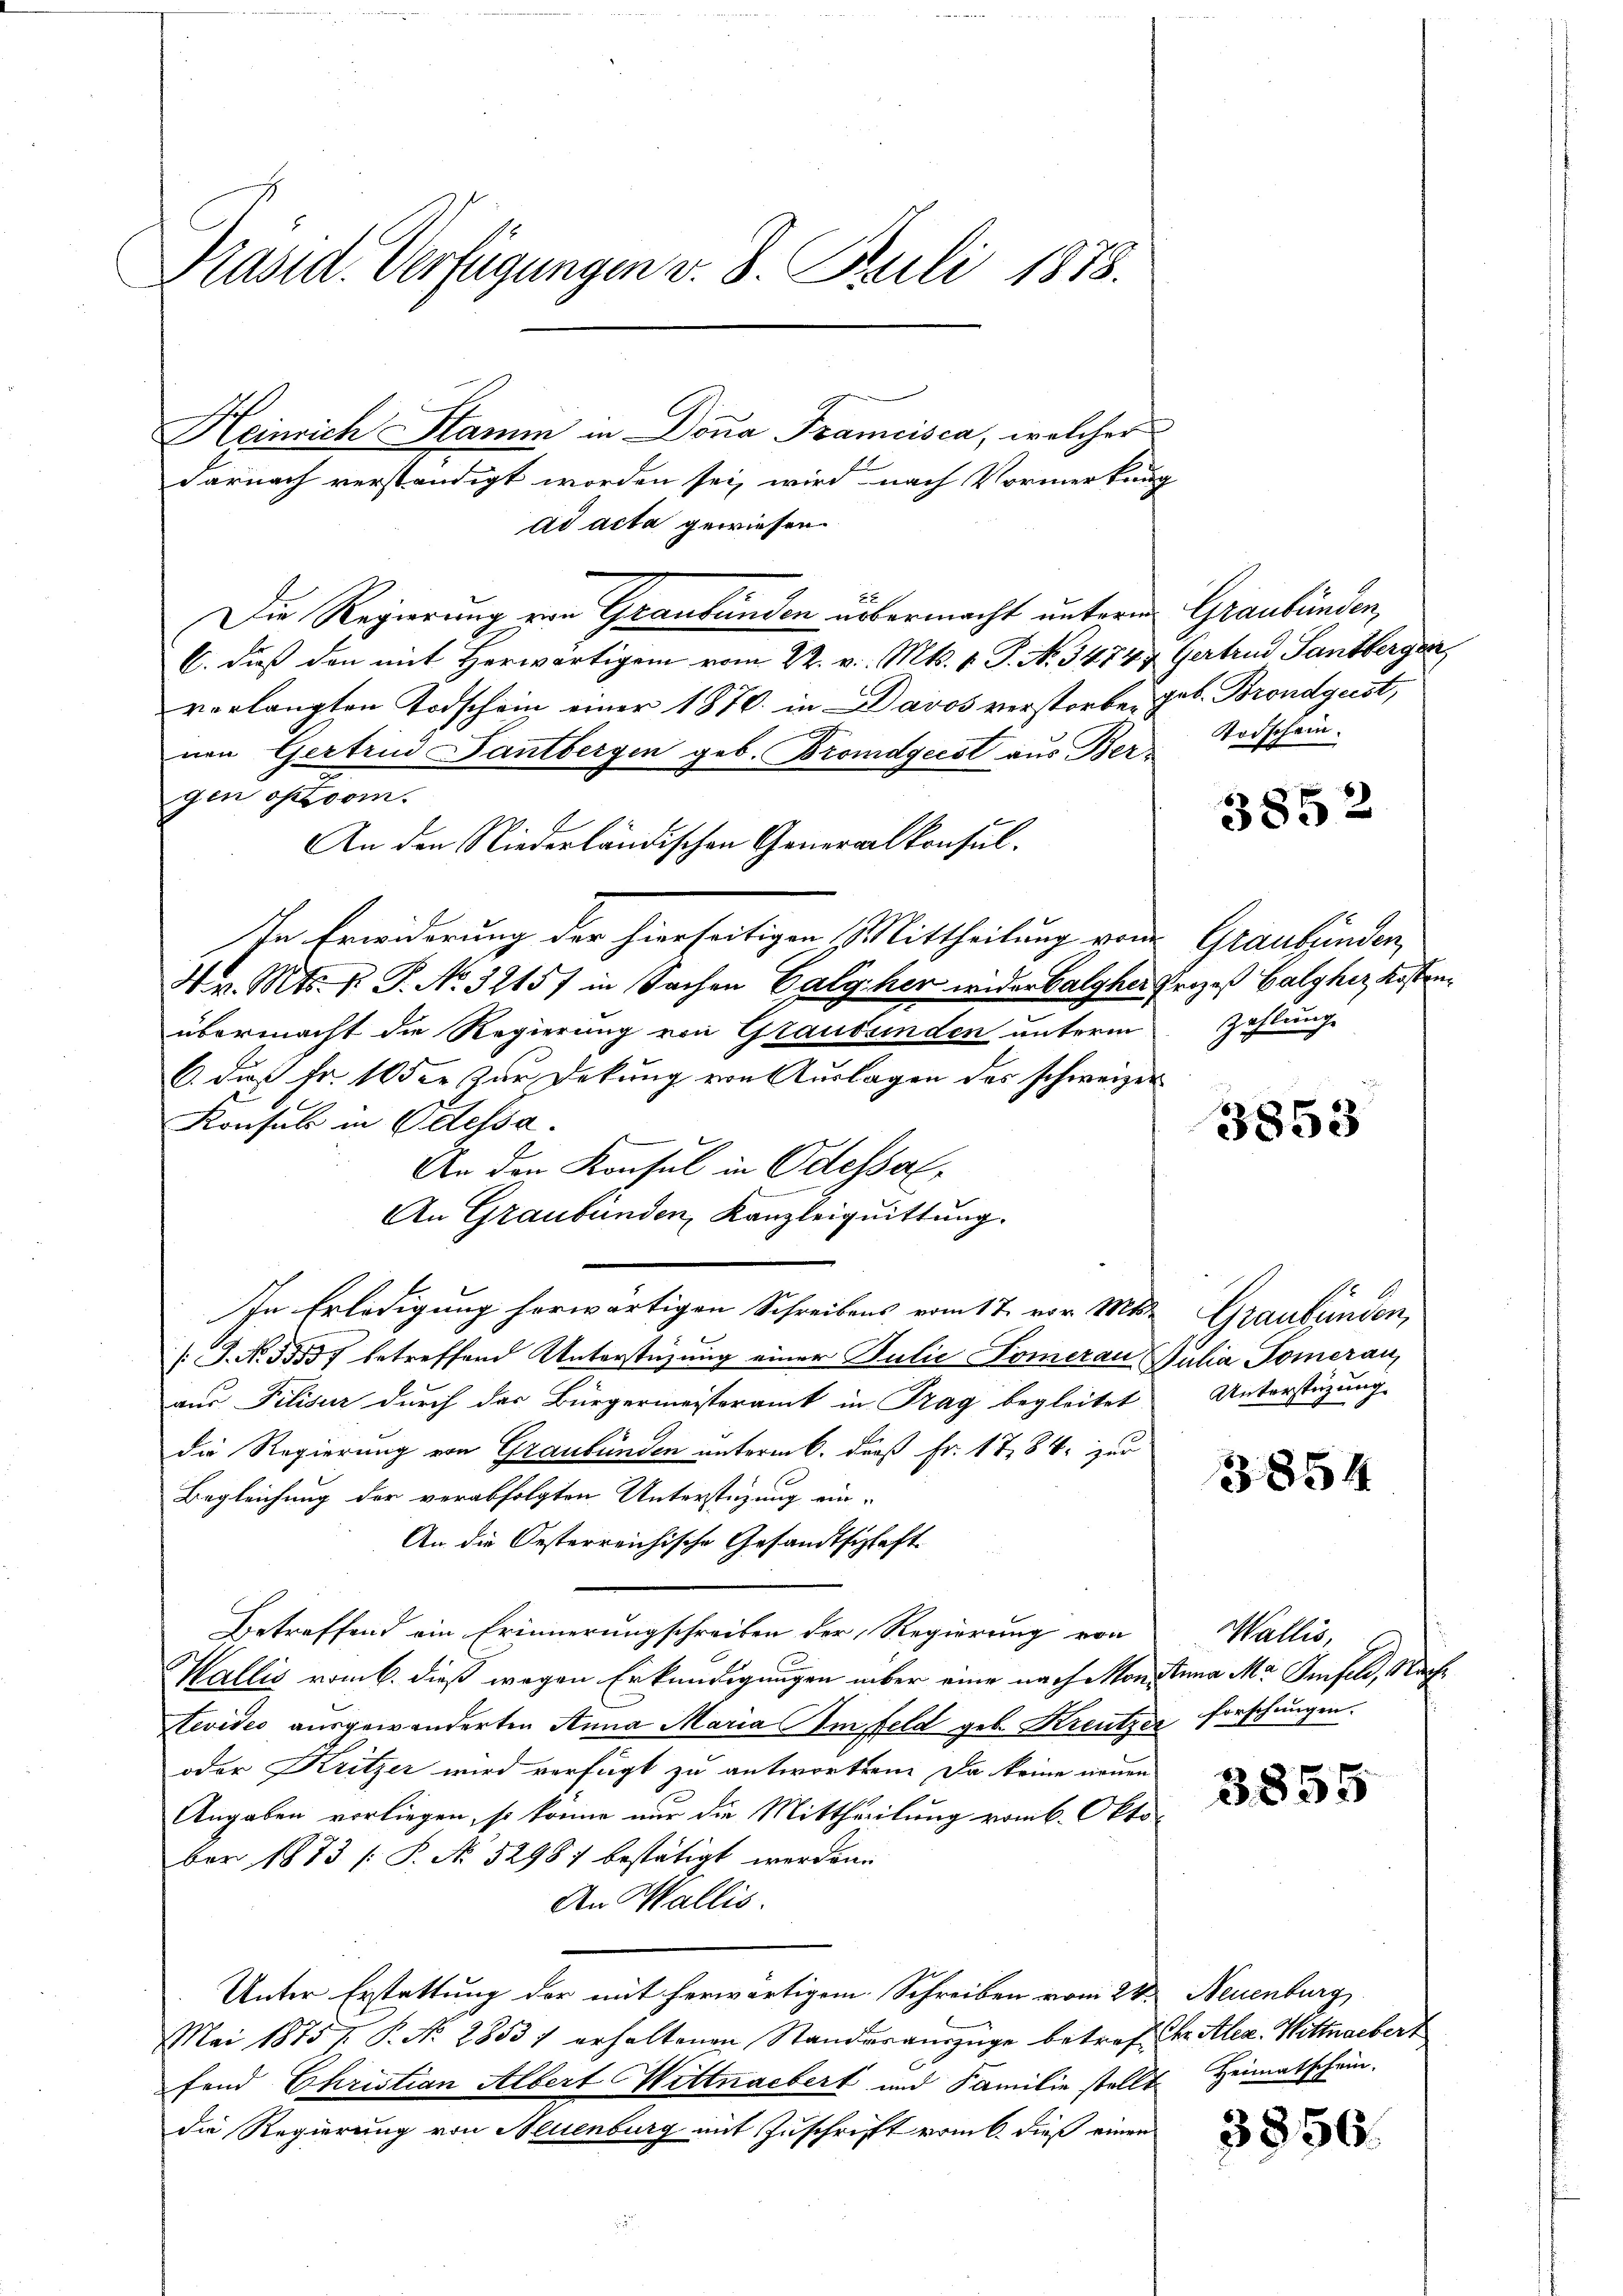
Präsid. Verfügungen v. 8. Juli 1878.

Heinrich Stamm in Dona Francisca, welcher
Darnach verständigt worden sei, wird nach Vormerkung
ad acta gewiesen.
Die Regierung von Graubünden übermacht unterm Graubünden,
C. dieß den mit Herwärtigem vom 22. v. Mts. v. J. N. 3474, Gertrud Santbergen
vorlangten Todschein einer 1870. in Davos verstorben geb. Brondgeist,
nen Gerten Gantbergen geb. Bromdgecst aus Ber-
gen oftrom.
An den Niederländischen Generalkonsul-
In Erwiderung der hierseitigen Mittheilung von Graubünden,
4 v. Mts. v. P. No. 32157 in Sachen Calycher wider Balgher Prozeß Calyher Kostenübermacht die Regierung von Glaubsinden unterm
6. das Fr. 10 der zur Deckung von Auslagen des schweizer
Konsul in Odessa.
An den Konsul in Odessel
An Graubünden, Kanzleiquittung.
In Erledigung herwärtigen Schreibens vom 17. vor. Mts. Graubünden,
No 1557 betreffend Unterstüzung einer Julie Pomerau Julia Pomeran
aus Pilisir durch der Bürgermeisteramt in Trag begleitet
die Regierung von Graubünden unterm 6. daß Fr. 1784. zur
Begleichung der verabfolgten Unterstüzung ein-
An die Oesterreichische Gesandtschaft
Betreffend ein Erinnerungschreiben der Regierung von
Wallis vom 6. dieß wegen Erkundigungen über eine nach Monstina Ma Jinfeld, Nachtevideo ausgewanderten Anna Maria Im feld geb. Kreutzer forschungen.
oder Kritzer wird verfügt zu antworten. Da keine neuen
Angaben vorliegen, so könne nur die Mittheilung vom 6. Oktober 1873 [ P. No 5298) bestätigt werden.
An Wallis.
Unter Erstattung der mit herwärtigem Schreiben vom 24.
Mai 1875 7 P. Nr. 2853 1 erhaltenen Standesauszüge betref der Alex. Witterbert
fend Christian Albert Wittnaebert und Familie stellt Heimatschein.
die Regierung von Neuenburg mit Zuschrift vom 6. dieß einen
.

Todschein.

3852

zahlung.

3853

Unterstüzung

3854

Wallis,

3855

Neuenburg

3856.